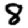
Digit: 8